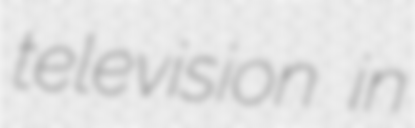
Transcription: television in